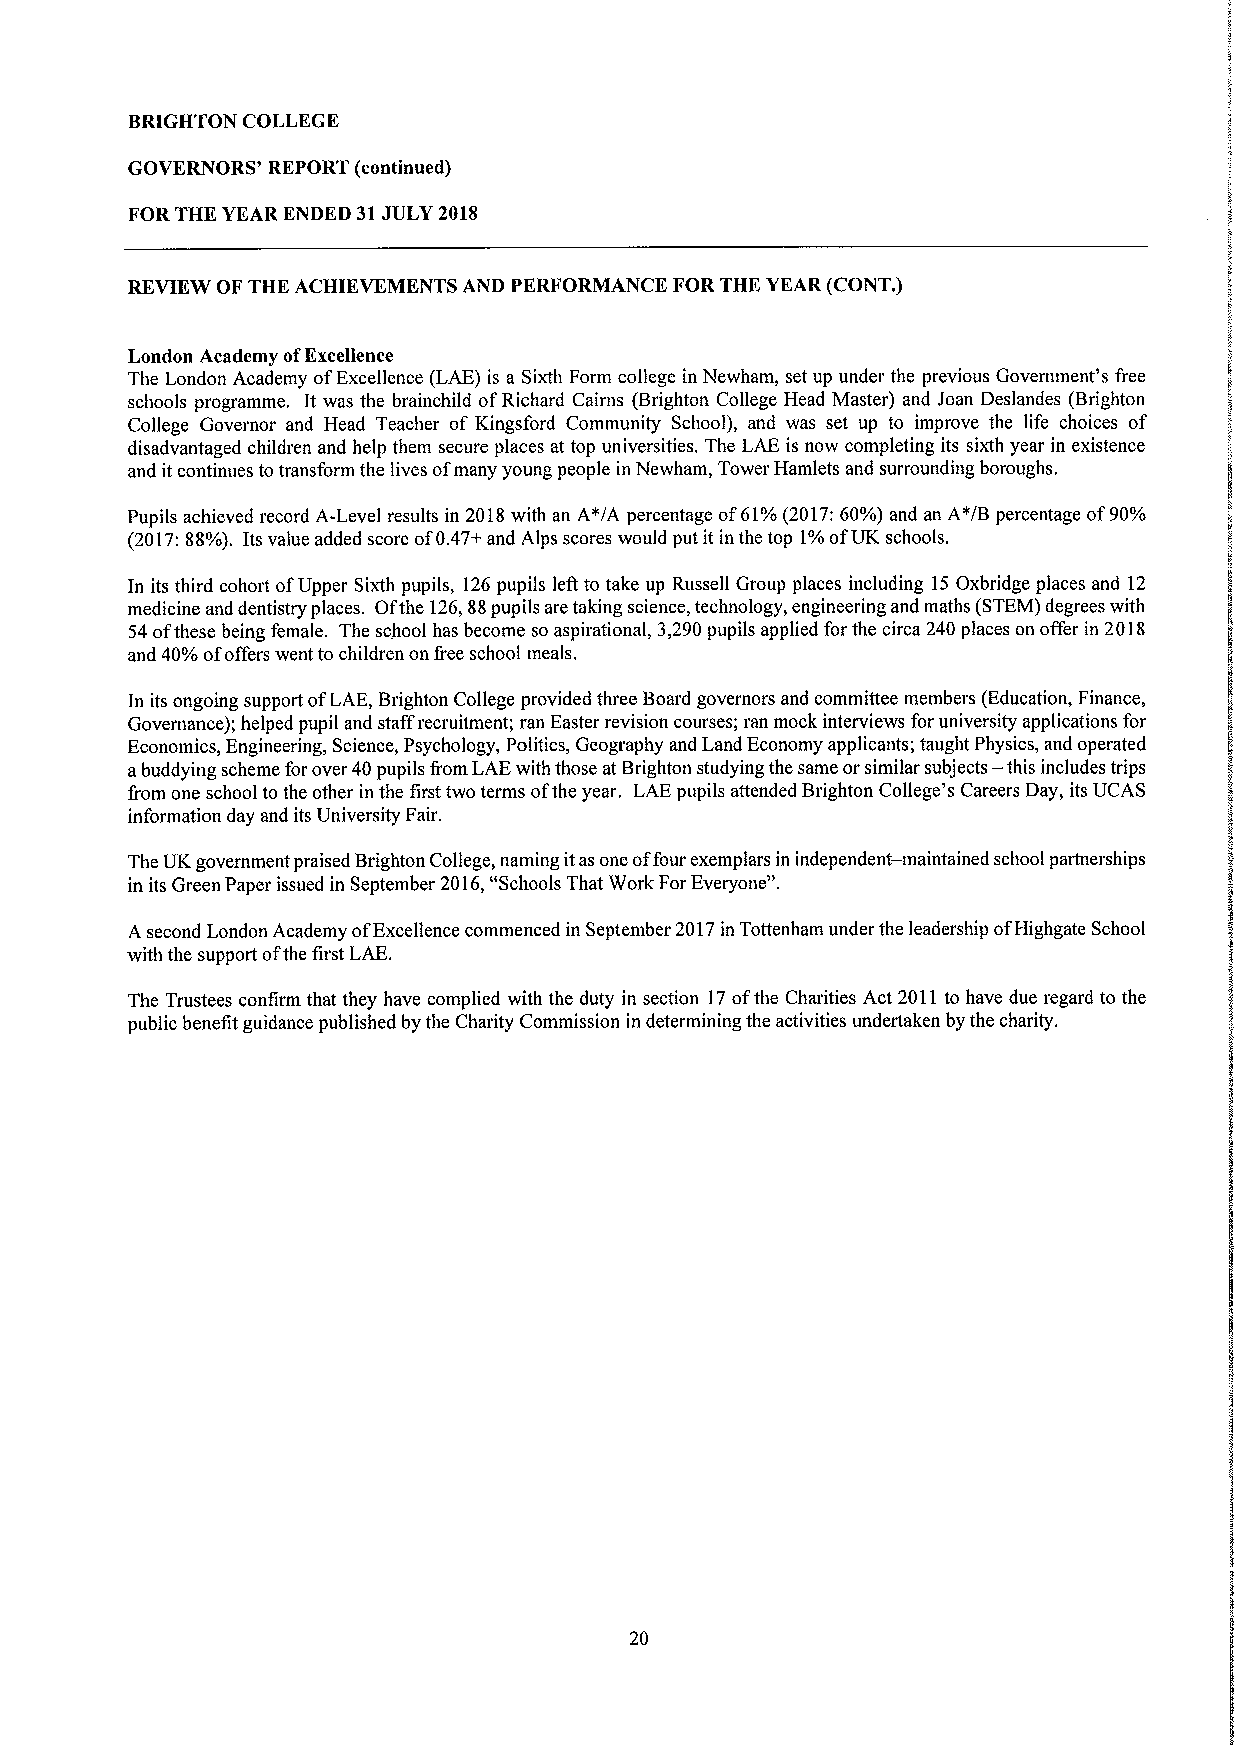
BRIGHTON COLLEGE
 GOVERNORS' REPORT (continued)
 FORTHE YEAR ENDED 31JULY 2018
 REVIEW OF THE ACHIEVEMENTS AND PERFORMANCE FOR THE YEAR (CONT.)
 London Academy ofExcellence
 The London Academy ofExcellence (LAE) is a Sixth Form college in Newham, set up under the previous Government's &ee
 schools programme. It was the brainchild ofRichard Cairns (Brighton College Head Master) and Joan Deslandes (Brighton
 College Governor and Head Teacher of Kingsford Community School), and was set up to improve the life choices of
 disadvantaged children and help them secure places at top universities. The LAE is now completing its sixth year in existence
 and itcontinues to transform the lives ofmany young people in Newham, Tower Hamlets and surrounding boroughs.
 Pupils achieved record A-Level results in 2018with an A~/A percentage of61'/0 (2017:60'/0) and an A~/B percentage of90'/0
 (2017:88'/0). Its value added score of0.47+and Alps scores would put it in the top 1'/0 ofUK schools.
 In its third cohort ofUpper Sixth pupils, 126pupils left to take up Russell Group places including 15 Oxbridge places and 12
 medicine and dentistry places. Ofthe 126,88pupils are taking science, technology, engineering and maths (STEM)degrees with
 54ofthese being female. The school has become so aspirational, 3,290 pupils applied for the circa 240 places on offer in 2018
 and 40/0 ofoffers went to children on &eeschool meals,
 In its ongoing support ofLAE, Brighton College provided three Board governors and committee members (Education, Finance,
 Governance); helped pupil and staffrecruitment; ran Easter revision courses; ran mock interviews for university applications for
 Economics, Engineering, Science, Psychology, Politics, Geography and Land Economy applicants; taught Physics, and operated
 —
 abuddying scheme for over 40pupils from LAEwith those atBrighton studying the same orsimilar subjects this includes trips
 &om one school to the other in the first two terms ofthe year. LAE pupils attended Brighton College's Careers Day, its UCAS
 information day and its University Fair.
 The UK government praised Brighton College, naming itas one offour exemplars in independent — maintained school partnerships
 in its Green Paper issued in September 2016,"Schools That Work ForEveryone".
 A second London Academy ofExcellence commenced in September 2017in Tottenham under the leadership ofHighgate School
 with the support ofthe first LAE.
 The Trustees confirm that they have complied with the duty in section 17ofthe Charities Act 2011to have due regard to the
 public benefit guidance published by the Charity Commission in determining the activities undertaken by the charity.
 20